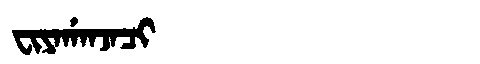
Manchu: ᠸᡳᠶᠠᡤᠠᠨᠵᠠᠴᡳ
Romanization: FIYAGANJACI